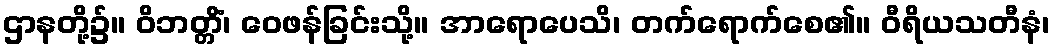
ဌာနတို့၌။ ဝိဘတ္တိံ၊ ဝေဖန်ခြင်းသို့။ အာရောပေသိ၊ တက်ရောက်စေ၏။ ဝီရိယသတီနံ၊